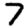
Digit: 7